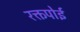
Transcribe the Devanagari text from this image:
रक्तपोई